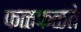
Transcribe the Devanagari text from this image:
फळफळते